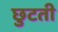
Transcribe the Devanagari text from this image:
छुटती